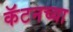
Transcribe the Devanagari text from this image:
कॅटनच्या